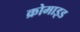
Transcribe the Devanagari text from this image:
क्रोमाइड